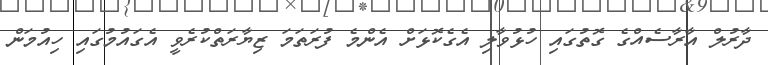
ދާރުލް އާރާސެއްގެ ގޮތުގައި ހުޅުވާލި އެގެކޮޅަށް އެންމެ ފުރަތަމަ ޒިޔާރަތްކުރެވީ އެގައުމުގައި ހިއުމަން